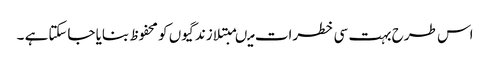
اس طرح بہت سی خطرات میںمبتلا زندگیوں کو محفوظ بنایا جاسکتاہے ۔